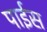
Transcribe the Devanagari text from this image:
पाईस